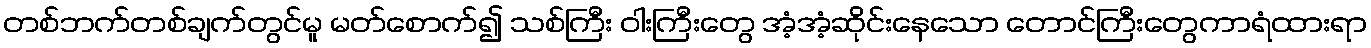
တစ်ဘက်တစ်ချက်တွင်မူ မတ်စောက်၍ သစ်ကြီး ဝါးကြီးတွေ အံ့အံ့ဆိုင်းနေသော တောင်ကြီးတွေကာရံထားရာ